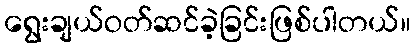
ရွေးချယ်ဝတ်ဆင်ခဲ့ခြင်းဖြစ်ပါတယ်။